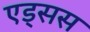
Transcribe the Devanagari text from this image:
एड्सस